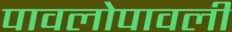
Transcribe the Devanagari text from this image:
पावलोपावली